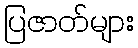
ပြဇာတ်များ